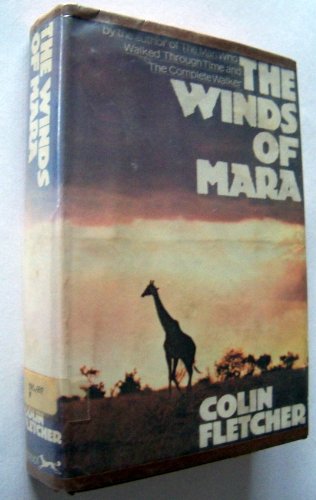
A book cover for The Winds of Mara; Colin Fletcher; Travel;